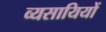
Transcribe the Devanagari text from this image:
व्यसायियों